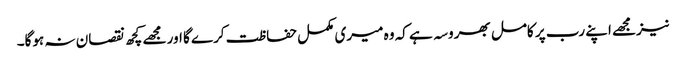
نیزمجھے اپنے رب پر کامل بھروسہ ہے کہ وہ میری مکمل حفاظت کرے گا اور مجھے کچھ نقصان نہ ہوگا۔